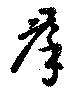
羣